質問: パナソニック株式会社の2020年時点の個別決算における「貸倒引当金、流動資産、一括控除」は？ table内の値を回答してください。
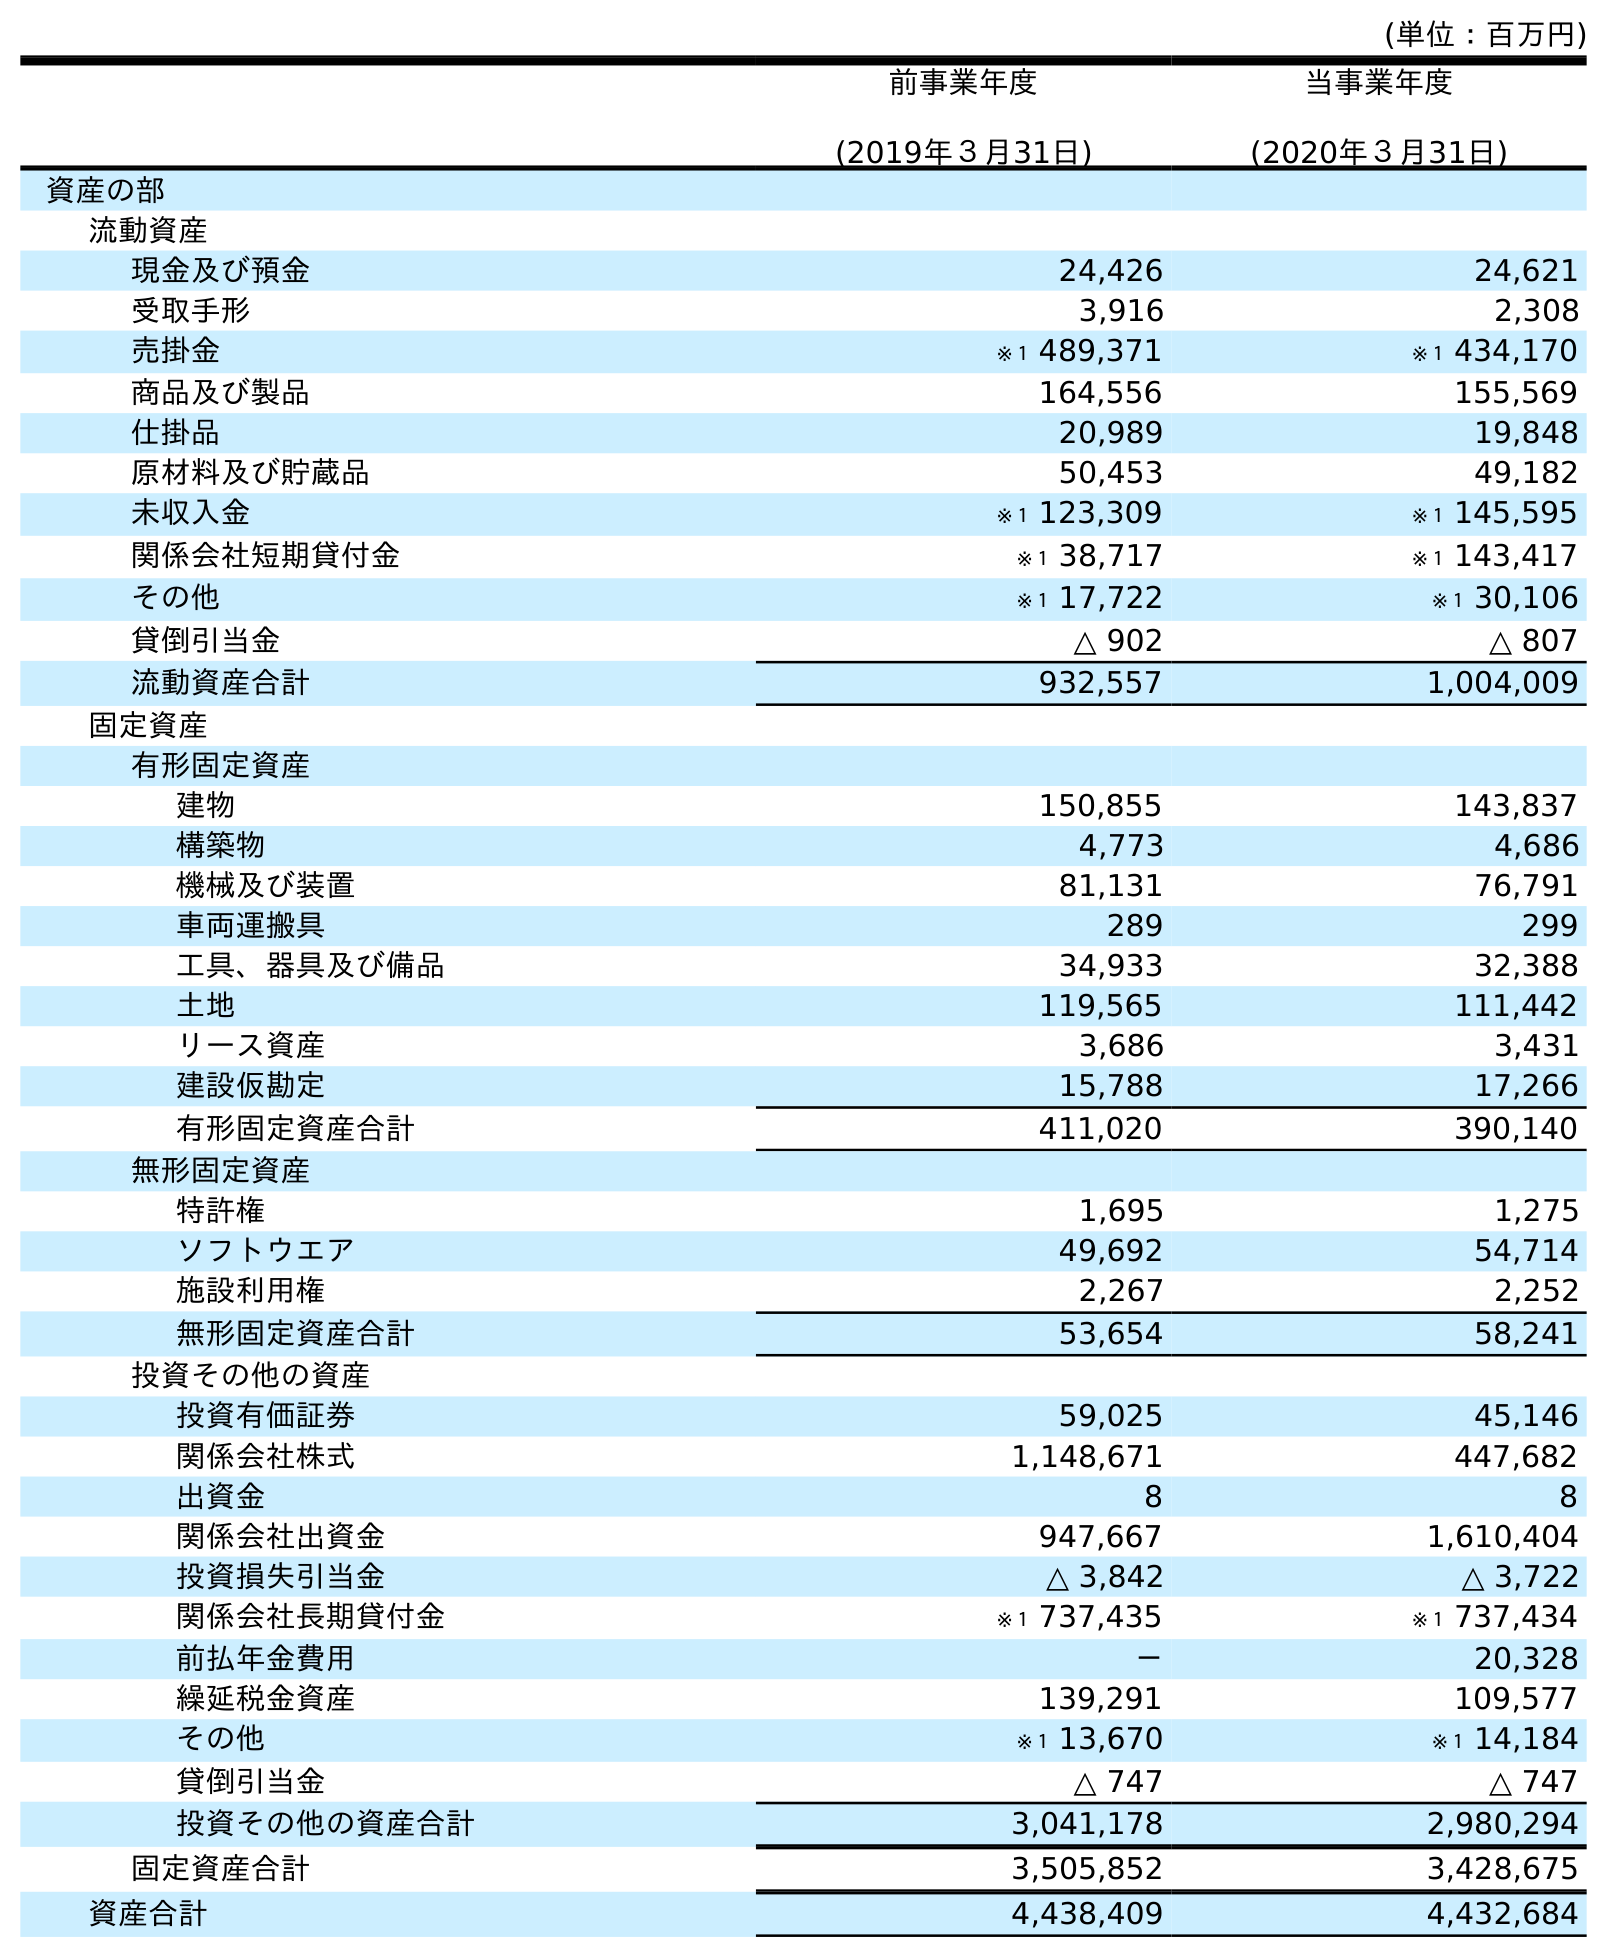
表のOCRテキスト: (単位：百万円) 前事業年度 (2019年３月31日) 当事業年度 (2020年３月31日) 資産の部 流動資産 現金及び預金 24,426 24,621 受取手形 3,916 2,308 売掛金 ※１ 489,371 ※１ 434,170 商品及び製品 164,556 155,569 仕掛品 20,989 19,848 原材料及び貯蔵品 50,453 49,182 未収入金 ※１ 123,309 ※１ 145,595 関係会社短期貸付金 ※１ 38,717 ※１ 143,417 その他 ※１ 17,722 ※１ 30,106 貸倒引当金 △ 902 △ 807 流動資産合計 932,557 1,004,009 固定資産 有形固定資産 建物 150,855 143,837 構築物 4,773 4,686 機械及び装置 81,131 76,791 車両運搬具 289 299 工具、器具及び備品 34,933 32,388 土地 119,565 111,442 リース資産 3,686 3,431 建設仮勘定 15,788 17,266 有形固定資産合計 411,020 390,140 無形固定資産 特許権 1,695 1,275 ソフトウエア 49,692 54,714 施設利用権 2,267 2,252 無形固定資産合計 53,654 58,241 投資その他の資産 投資有価証券 59,025 45,146 関係会社株式 1,148,671 447,682 出資金 8 8 関係会社出資金 947,667 1,610,404 投資損失引当金 △ 3,842 △ 3,722 関係会社長期貸付金 ※１ 737,435 ※１ 737,434 前払年金費用 － 20,328 繰延税金資産 139,291 109,577 その他 ※１ 13,670 ※１ 14,184 貸倒引当金 △ 747 △ 747 投資その他の資産合計 3,041,178 2,980,294 固定資産合計 3,505,852 3,428,675 資産合計 4,438,409 4,432,684
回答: △807